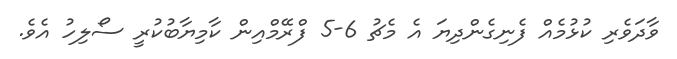
ވާދަވެރި ކުޅުމެއް ފެނިގެންދިޔަ އެ މެޗު 6-5 ފްރޭމްއިން ކާމިޔާބުކުރީ ސޯލިހު އެވެ.